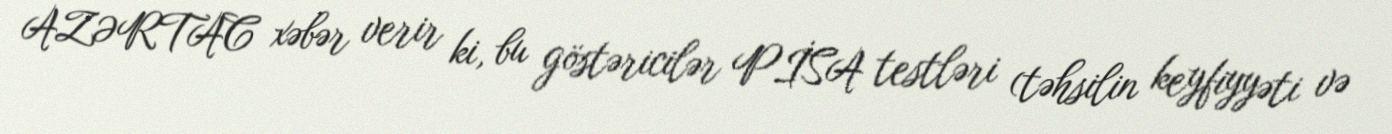
AZƏRTAC xəbər verir ki, bu göstəricilər PİSA testləri (təhsilin keyfiyyəti və